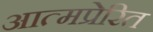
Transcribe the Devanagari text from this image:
आत्मप्रेरित